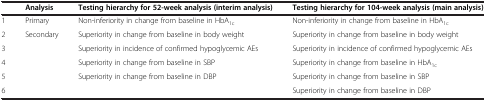
<table><thead><tr><td><b> </b></td><td><b>Analysis</b></td><td><b>Testing hierarchy for 52-week analysis (interim analysis)</b></td><td><b>Testing hierarchy for 104-week analysis (main analysis)</b></td></tr></thead><tbody><tr><td>1</td><td>Primary</td><td>Non-inferiority in change from baseline in HbA<sub>1c</sub></td><td>Non-inferiority in change from baseline in HbA<sub>1c</sub></td></tr><tr><td>2</td><td>Secondary</td><td>Superiority in change from baseline in body weight</td><td>Superiority in change from baseline in body weight</td></tr><tr><td>3</td><td> </td><td>Superiority in incidence of confirmed hypoglycemic AEs</td><td>Superiority in incidence of confirmed hypoglycemic AEs</td></tr><tr><td>4</td><td> </td><td>Superiority in change from baseline in SBP</td><td>Superiority in change from baseline in HbA<sub>1c</sub></td></tr><tr><td>5</td><td> </td><td>Superiority in change from baseline in DBP</td><td>Superiority in change from baseline in SBP</td></tr><tr><td>6</td><td> </td><td> </td><td>Superiority in change from baseline in DBP</td></tr></tbody></table>